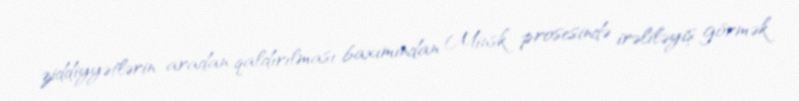
ziddiyyətlərin aradan qaldırılması baxımından Minsk prosesində irəliləyiş görmək